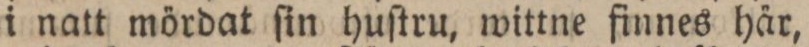
i natt mördat ſin huſtru, wittne finnes här,